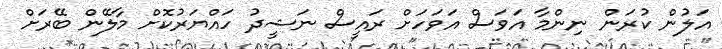
އަލުން ކުރަން ނިންމާ އަވަސް އަވަހަށް ރައީސް ނަޝީދު ހައްޔަރުކޮށް މާލޭން ބޭރަށް